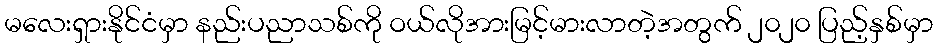
မလေးရှားနိုင်ငံမှာ နည်းပညာသစ်ကို ဝယ်လိုအားမြင့်မားလာတဲ့အတွက် ၂၀၂၀ ပြည့်နှစ်မှာ